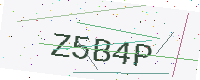
Text: Z5B4P